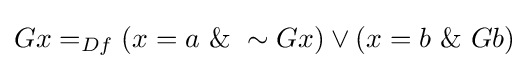
Gx=_{Df}(x=a\ \&\ \sim Gx)\lor (x=b\ \&\ Gb)